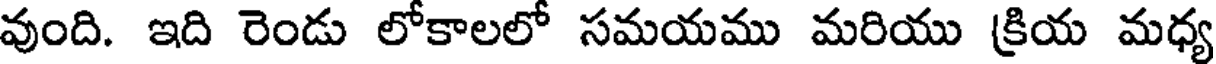
వుంది. ఇది రెండు లోకాలలో సమయము మరియు క్రియ మధ్య